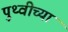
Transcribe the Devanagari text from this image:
पुथ्वीच्या